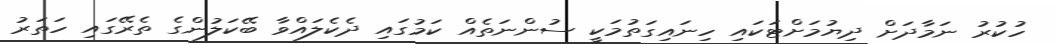
ހުކުރު ނަމާދަށް ދިޔުމަށްޓަކައި ހިނައިގަތުމަކީ ސުންނަތެއް ކަމުގައި ދެކެލައްވާ ބޭކަލުންގެ ތެރޭގައި ހަތަރު